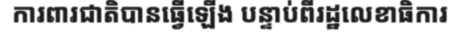
ការពារជាតិបានធ្វើឡើង បន្ទាប់ពីរដ្ឋលេខាធិការ